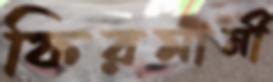
ফিরমানী